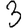
Digit: 3